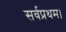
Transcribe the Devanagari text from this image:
सर्वप्रथम।